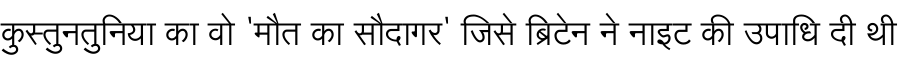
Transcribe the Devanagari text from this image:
कुस्तुनतुनिया का वो 'मौत का सौदागर' जिसे ब्रिटेन ने नाइट की उपाधि दी थी